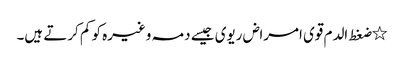
٭ضغط الدم قوی امراض ریوی جیسے دمہ وغیرہ کو کم کرتے ہیں۔